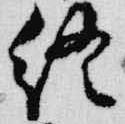
終